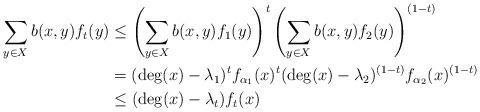
LaTeX: \begin{align*}\sum_{y \in X} b(x,y)f_t(y) &\leq \left(\sum_{y \in X}b(x,y)f_1(y)\right)^t\left(\sum_{y \in X}b(x,y)f_2(y)\right)^{(1-t)} \\&= (\deg(x) - \lambda_1)^tf_{\alpha_1}(x)^t(\deg(x) - \lambda_2)^{(1-t)} f_{\alpha_2}(x)^{(1-t)} \\&\leq (\deg(x) - \lambda_t)f_t(x) \end{align*}